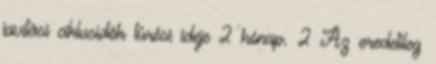
javítási ciklusidõk tûrési ideje 2 hónap. 2 Az eredetileg